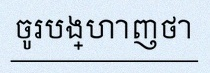
ចូរបង្ហាញថា